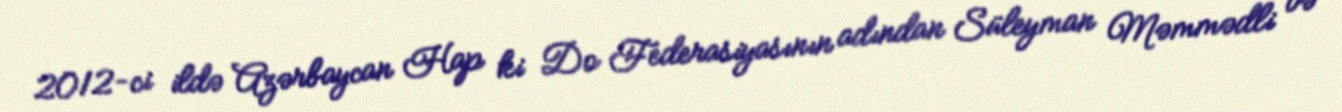
2012-ci ildə Azərbaycan Hap ki Do Federasiyasının adından Süleyman Məmmədli və